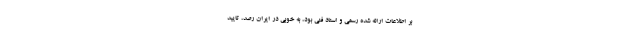
بر اطلاعات ارائه شده رسمی و اسناد فنی بود، به خوبی در ایران رصد، تایید